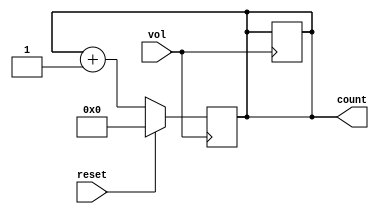
module frequency_counter(input vol, reset,
output reg [15:0] count);
always @(posedge vol)
if(reset)
count <= 15'b0;
else
count <= count + 1;  
 always @(posedge vol)
if($time==1000)
begin
count = count + 1;
$display("%d , In %m frequency = %d Hz ", $time, count); 
end
endmodule